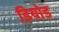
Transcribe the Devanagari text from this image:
डियोड